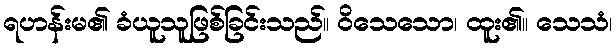
ရဟန်းမ၏ ခံယူသူဖြစ်ခြင်းသည်။ ဝိသေသော၊ ထူး၏။ သေသံ၊